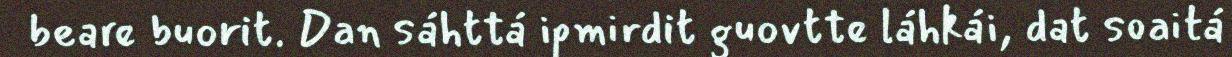
beare buorit. Dan sáhttá ipmirdit guovtte láhkái, dat soaitá